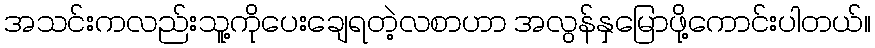
အသင်းကလည်းသူ့ကိုပေးချေရတဲ့လစာဟာ အလွန်နှမြောဖို့ကောင်းပါတယ်။